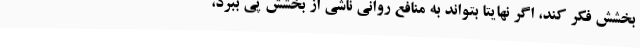
بخشش فکر کند، اگر نهایتا بتواند به منافع روانی ناشی از بخشش پی ببرد،